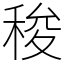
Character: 稄